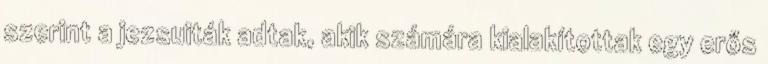
szerint a jezsuiták adtak, akik számára kialakítottak egy erős